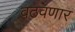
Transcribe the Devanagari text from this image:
वठवणार